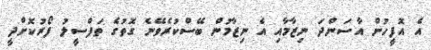
އެ އޮފީހުން އާސަންދަ ނިޒާމާއި އެ ނިޒާމުން ބޭސްކުރެވޭނެ ގޮތުގެ ތަފްސީލު ފޯރުކޮށްދީ